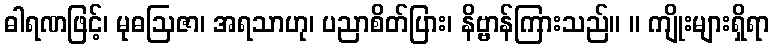
ဓါရဏဖြင့်၊ မုဓဩဇာ၊ အရသာဟု၊ ပညာစိတ်ပြား၊ နိဗ္ဗာန်ကြားသည်။ ။ ကျိုးများရှိရာ